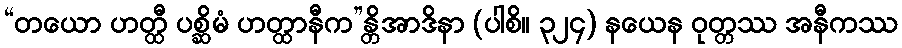
“တယော ဟတ္ထီ ပစ္ဆိမံ ဟတ္ထာနီက”န္တိအာဒိနာ (ပါစိ။ ၃၂၄) နယေန ဝုတ္တဿ အနီကဿ